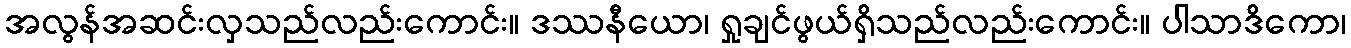
အလွန်အဆင်းလှသည်လည်းကောင်း။ ဒဿနီယော၊ ရှုချင်ဖွယ်ရှိသည်လည်းကောင်း။ ပါသာဒိကော၊